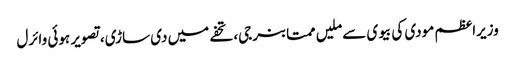
وزیراعظم مودی کی بیوی سے ملیں ممتا بنرجی، تحفے میں دی ساڑی، تصویر ہوئی وائرل